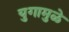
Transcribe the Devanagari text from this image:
युगामुळे